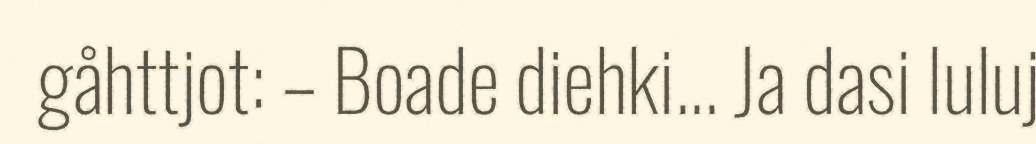
gåhttjot: – Boade diehki... Ja dasi luluj